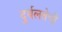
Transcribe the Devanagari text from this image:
दुर्बलतेची